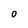
Character: O